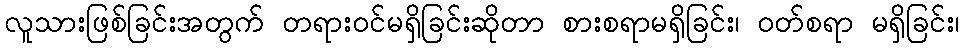
လူသားဖြစ်ခြင်းအတွက် တရားဝင်မရှိခြင်းဆိုတာ စားစရာမရှိခြင်း၊ ဝတ်စရာ မရှိခြင်း၊